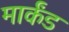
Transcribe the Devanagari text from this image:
मार्कंड